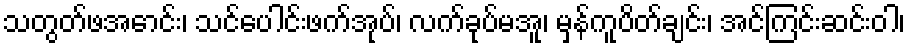
သတွတ်ဖအောင်း၊ သင်ပေါင်းဖက်အုပ်၊ လက်ခုပ်မအူ၊ မှန်ကူပိတ်ချင်း၊ အင်ကြင်းဆင်းဝါ၊